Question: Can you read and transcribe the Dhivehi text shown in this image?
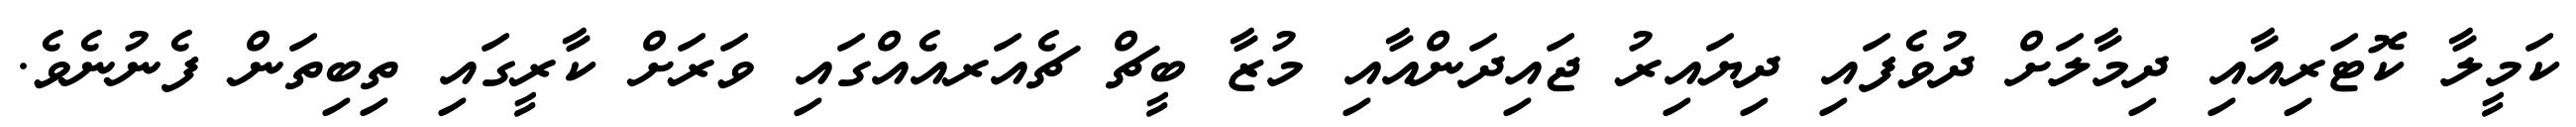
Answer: ކަމީލާ ކޮޓަރިއާއި ދިމާލަށް ދުވެފައި ދިޔައިރު ޖައިދަންއާއި މުޒާ ބީޗް ޗެއަރއެއްގައި ވަރަށް ކާރީގައި ތިބިތަން ފެނުނެވެ.